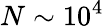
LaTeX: N\sim 10^{4}